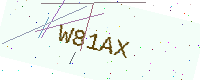
Text: W81AX